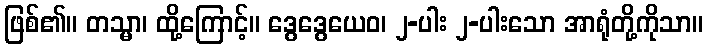
ဖြစ်၏။ တသ္မာ၊ ထို့ကြောင့်။ ဒွေဒွေယေဝ၊ ၂-ပါး ၂-ပါးသော အာရုံတို့ကိုသာ။